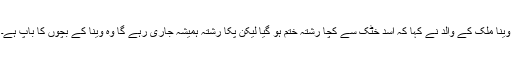
وینا ملک کے والد نے کہا کہ اسد خٹک سے کچا رشتہ ختم ہو گیا لیکن پکا رشتہ ہمیشہ جاری رہے گا وہ وینا کے بچوں کا باپ ہے۔